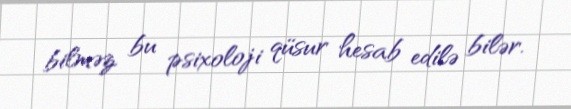
bilməz, bu psixoloji qüsur hesab edilə bilər.